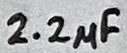
Text: 2.2µF